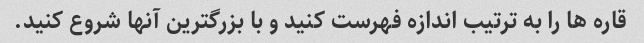
قاره ها را به ترتیب اندازه فهرست کنید و با بزرگترین آنها شروع کنید.